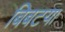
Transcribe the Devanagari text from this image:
बिबटया